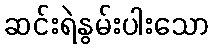
ဆင်းရဲနွမ်းပါးသော